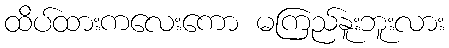
ထိပ်ထားကလေးကော မကြည်နူးဘူးလား